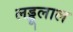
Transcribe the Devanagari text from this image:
लड्डूलाल